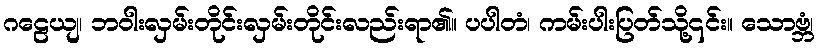
ဂဠေယျ၊ ဘဝါးလှမ်းတိုင်းလှမ်းတိုင်းလည်းရာ၏။ ပပါတံ၊ ကမ်းပါးပြတ်သို့၎င်း။ သောဗ္ဘံ၊